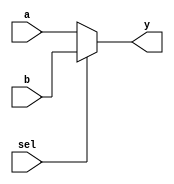
module MUX_5BIT( sel, a, b, y );
    input sel;
    input  [4:0] a, b;
    output [4:0] y;

    assign y = sel ? b : a;
endmodule